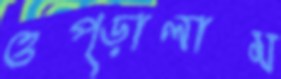
ওপ্‌ড়ালাম